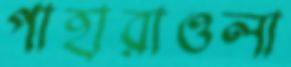
পাহারাওলা